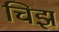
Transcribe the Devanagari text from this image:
चिझ